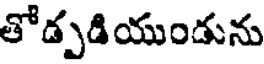
తోడ్పడియుండును